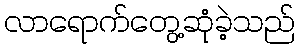
လာရောက်တွေ့ဆုံခဲ့သည်